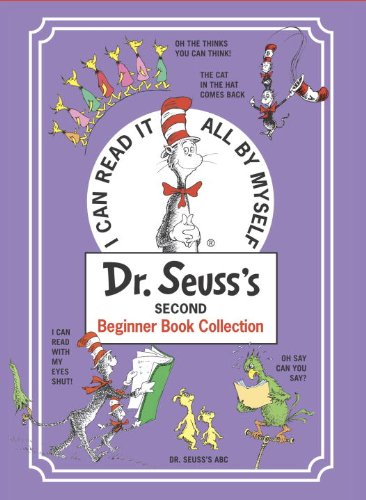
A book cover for Dr. Seuss's Second Beginner Book Collection; Dr. Seuss; Children's Books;